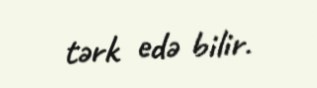
tərk edə bilir.